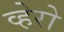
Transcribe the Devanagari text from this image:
व्हेरो